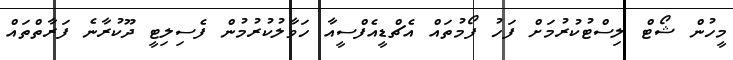
މީހުން ޝޯޓް ލިސްޓުކުރުމަށް ފަހު ފޯމުތައް އެޗްޑީއެފްސީއާ ހަވާލުކުރުމުން ފެސިލިޓީ ދޫކުރާނެ ފަރާތްތައް